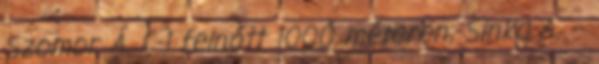
Szomor Á. C-1 felnőtt 1000 méteren, Sinka A. –